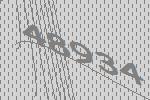
48934